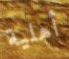
أهلية